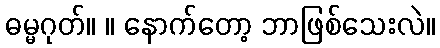
ဓမ္မဂုတ်။ ။ နောက်တော့ ဘာဖြစ်သေးလဲ။